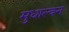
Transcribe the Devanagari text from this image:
मुधाल्वन